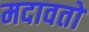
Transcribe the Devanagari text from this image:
मदावतो